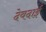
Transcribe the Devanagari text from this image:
देवदाई